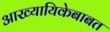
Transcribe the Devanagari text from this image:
आख्यायिकेबाबत